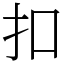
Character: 扣